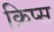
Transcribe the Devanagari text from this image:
क्रिप्‍स